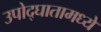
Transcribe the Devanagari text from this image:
उपोद्‌घातामध्ये